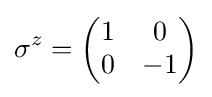
\sigma ^{z}={\begin{pmatrix}1&0\\0&-1\end{pmatrix}}